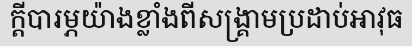
ក្តីបារម្ភយ៉ាងខ្លាំងពីសង្គ្រាមប្រដាប់អាវុធ